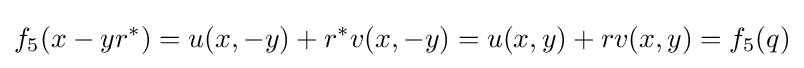
f_{5}(x-yr^{*})=u(x,-y)+r^{*}v(x,-y)=u(x,y)+rv(x,y)=f_{5}(q)